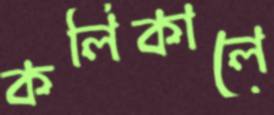
কলিকালে